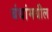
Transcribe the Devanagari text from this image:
बंधांमधील